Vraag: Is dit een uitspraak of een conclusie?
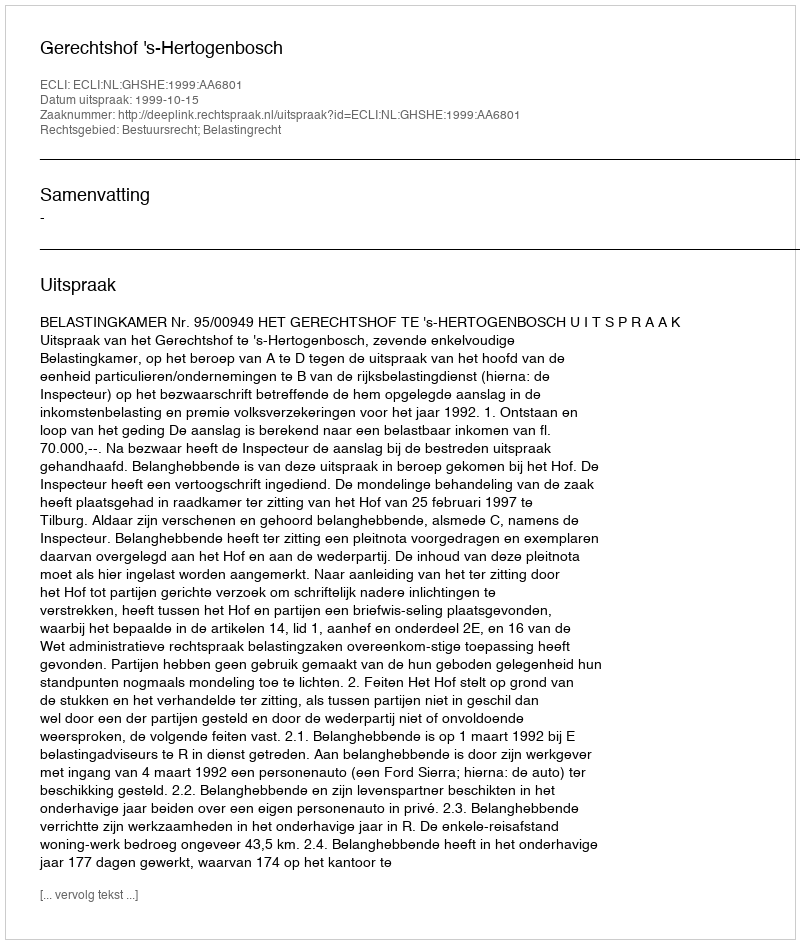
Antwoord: Uitspraak